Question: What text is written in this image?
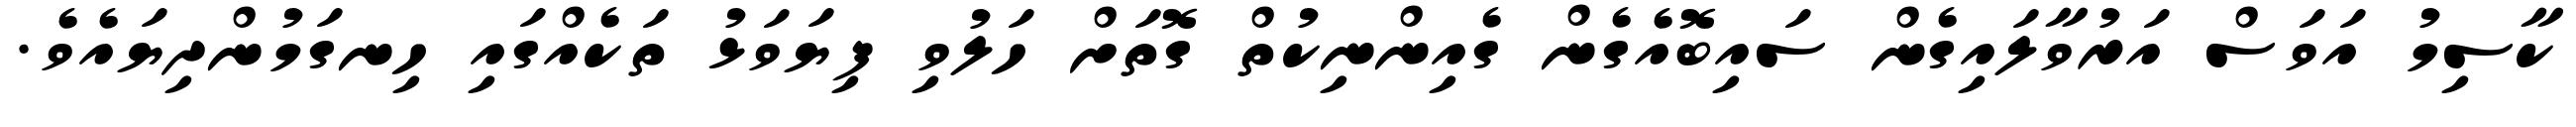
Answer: ކާސިމު އަވަސް އަރުވާލައިގެން ސައިބޮއެގެން ގެއިންނިކުތް ގޮތަށް ހަލުވި ފިޔަވަޅު ތަކެއްގައި ހިނގަމުންދިޔައެވެ.